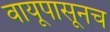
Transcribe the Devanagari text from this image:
वायूपासूनच